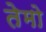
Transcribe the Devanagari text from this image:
तेमो